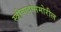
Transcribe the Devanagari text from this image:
स्त्रीवादासमोरील